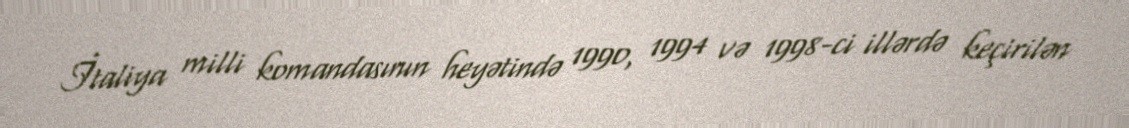
İtaliya milli komandasının heyətində 1990, 1994 və 1998-ci illərdə keçirilən